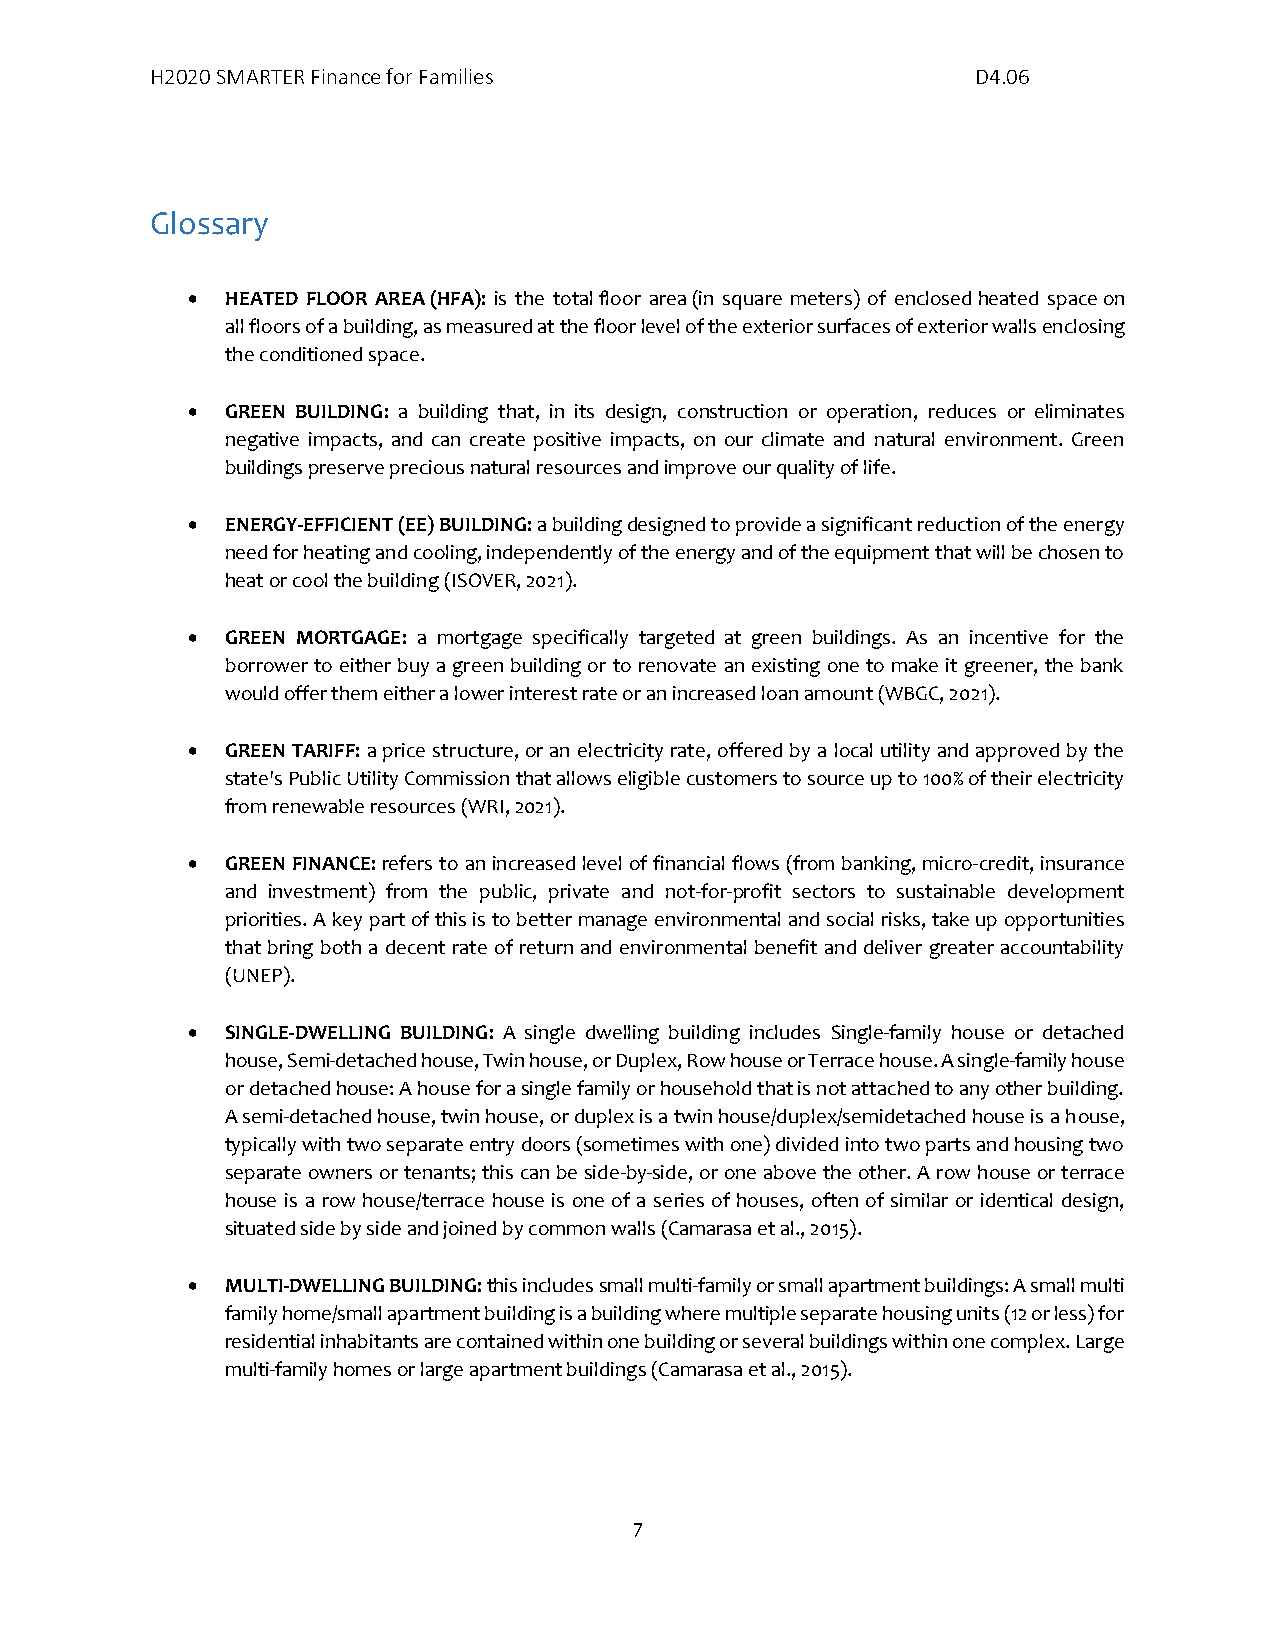
H2020 SMARTER Finance for Families                     D4.06
 Glossary
 •  HEATED FLOOR AREA (HFA): is the total floor area (in square meters) of enclosed heated space on
 all floors of a building, as measured at the floor level of the exterior surfaces of exterior walls enclosing
 the conditioned space.
 •  GREEN BUILDING: a building that, in its design, construction or operation, reduces or eliminates
 negative impacts, and can create positive impacts, on our climate and natural environment. Green
 buildings preserve precious natural resources and improve our quality of life.
 •  ENERGY-EFFICIENT (EE) BUILDING: a building designed to provide a significant reduction of the energy
 need for heating and cooling, independently of the energy and of the equipment that will be chosen to
 heat or cool the building (ISOVER, 2021).
 •  GREEN MORTGAGE: a mortgage specifically targeted at green buildings. As an incentive for the
 borrower to either buy a green building or to renovate an existing one to make it greener, the bank
 would offer them either a lower interest rate or an increased loan amount (WBGC, 2021).
 •  GREEN TARIFF: a price structure, or an electricity rate, offered by a local utility and approved by the
 state's Public Utility Commission that allows eligible customers to source up to 100% of their electricity
 from renewable resources (WRI, 2021).
 •  GREEN FINANCE: refers to an increased level of financial flows (from banking, micro-credit, insurance
 and investment) from the public, private and not-for-profit sectors to sustainable development
 priorities. A key part of this is to better manage environmental and social risks, take up opportunities
 that bring both a decent rate of return and environmental benefit and deliver greater accountability
 (UNEP).
 •  SINGLE-DWELLING BUILDING: A single dwelling building includes Single-family house or detached
 house, Semi-detached house, Twin house, or Duplex, Row house or Terrace house. A single-family house
 or detached house: A house for a single family or household that is not attached to any other building.
 A semi-detached house, twin house, or duplex is a twin house/duplex/semidetached house is a house,
 typically with two separate entry doors (sometimes with one) divided into two parts and housing two
 separate owners or tenants; this can be side-by-side, or one above the other. A row house or terrace
 house is a row house/terrace house is one of a series of houses, often of similar or identical design,
 situated side by side and joined by common walls (Camarasa et al., 2015).
 •  MULTI-DWELLING BUILDING: this includes small multi-family or small apartment buildings: A small multi
 family home/small apartment building is a building where multiple separate housing units (12 or less) for
 residential inhabitants are contained within one building or several buildings within one complex. Large
 multi-family homes or large apartment buildings (Camarasa et al., 2015).
 7